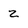
Character: z